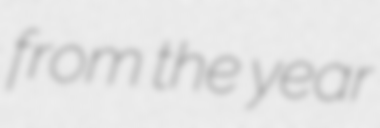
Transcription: from the year